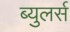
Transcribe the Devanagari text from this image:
ब्युलर्स